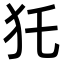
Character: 𤜤